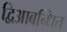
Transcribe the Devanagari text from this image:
द्विआबन्धित